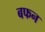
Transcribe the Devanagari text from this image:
बफन